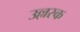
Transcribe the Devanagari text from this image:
उल्लस्क